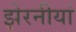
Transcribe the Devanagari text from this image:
झेरनीयां